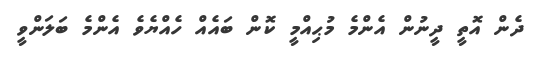
ދެން އޮތީ ދީނުން އެންމެ މުޙިއްމީ ކޮން ބައެއް ހެއްޔެވެ އެންމެ ބަލަންވީ